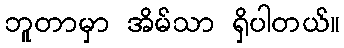
ဘူတာမှာ အိမ်သာ ရှိပါတယ်။